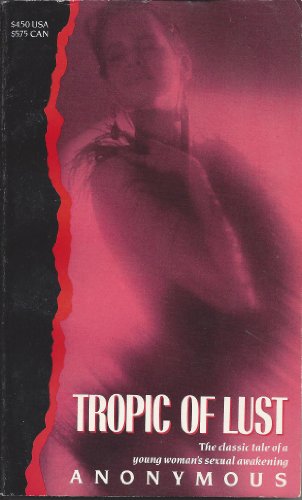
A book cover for Tropic of Lust (Victorian erotic classics); Anonymous; Romance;